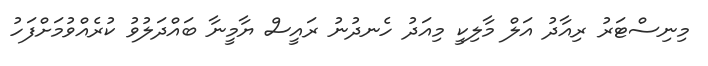
މިނިސްޓަރު ރިއާދު އަލް މާލިކީ މިއަދު ހެނދުނު ރައީސް ޔާމީނާ ބައްދަލުވު ކުރެއްވުމަށްފަހު